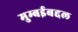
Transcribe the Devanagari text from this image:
मुम्बईबद्दल